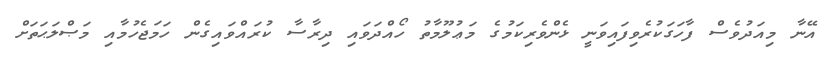
އޭނާ މިއަދުވެސް ފާހަގަކުރެވިފައިވަނީ ޅެންވެރިކަމުގެ މަޢުލޫމާތު ހޯއްދަވައި ދިރާސާ ކުރައްވައިގެން ހަމަޖެހުމާއި މަޞްލަޙަތަށް